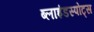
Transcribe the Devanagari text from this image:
ब्लाइंडस्पोट्स